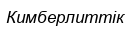
Кимберлиттік